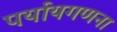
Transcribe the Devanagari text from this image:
पर्यायगणना